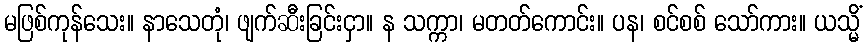
မဖြစ်ကုန်သေး။ နာသေတုံ၊ ဖျက်ဆီးခြင်းငှာ။ န သက္ကာ၊ မတတ်ကောင်း။ ပန၊ စင်စစ် သော်ကား။ ယသ္မိံ